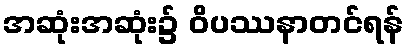
အဆုံးအဆုံး၌ ဝိပဿနာတင်ရန်